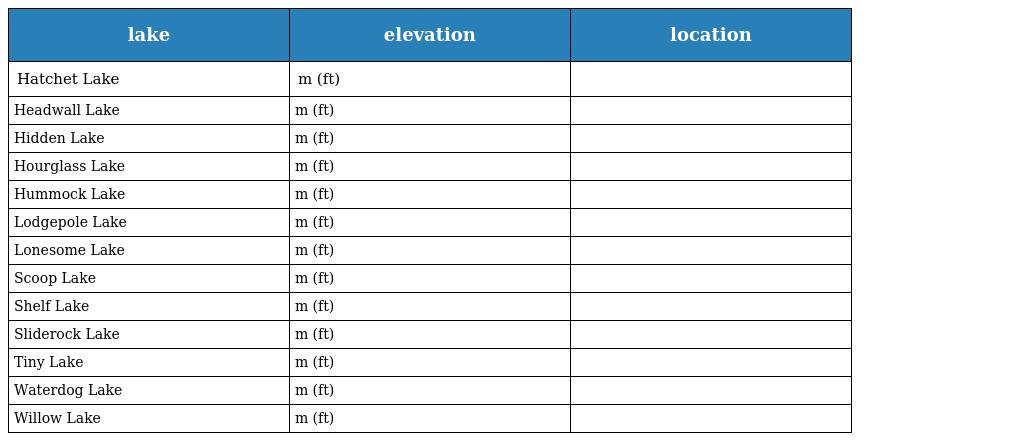
| lake | elevation | location |
 | --- | --- | --- |
 | Hatchet Lake | m (ft) |  |
 | Headwall Lake | m (ft) |  |
 | Hidden Lake | m (ft) |  |
 | Hourglass Lake | m (ft) |  |
 | Hummock Lake | m (ft) |  |
 | Lodgepole Lake | m (ft) |  |
 | Lonesome Lake | m (ft) |  |
 | Scoop Lake | m (ft) |  |
 | Shelf Lake | m (ft) |  |
 | Sliderock Lake | m (ft) |  |
 | Tiny Lake | m (ft) |  |
 | Waterdog Lake | m (ft) |  |
 | Willow Lake | m (ft) |  |